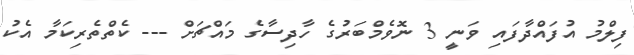
ފިލްމު އުފައްދާފައި ވަނީ 3 ނޮވެމްބަރުގެ ހާދިސާގެ މައްޗަށް --- ކެތްތެރިކަމާ އެކު